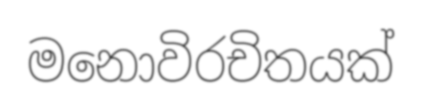
මනොවිරචිතයක්